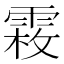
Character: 𩃝